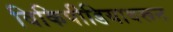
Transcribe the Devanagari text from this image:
विकिपीडियावरून